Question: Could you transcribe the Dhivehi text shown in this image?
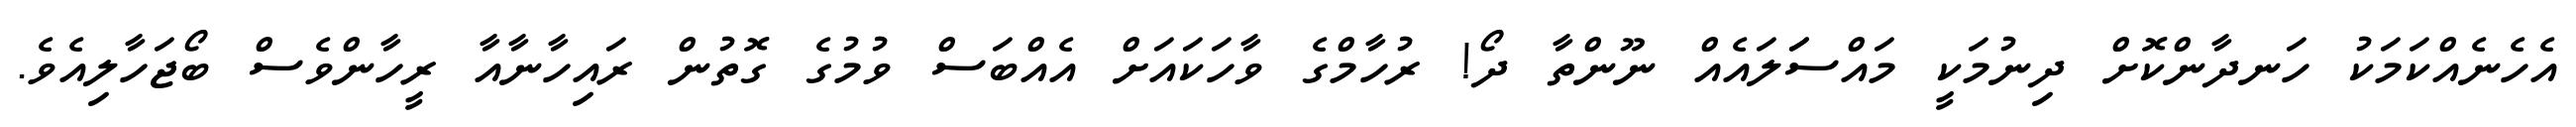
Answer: އެހެނެއްކަމަކު ހަނދާންކޮށް ދިނުމަކީ މައްސަަލައެއް ނޫންތާ ދޯ! ރުހާމްގެ ވާހަކައަށް އެއްބަސް ވުމުގެ ގޮތުން ރައިހާނާއާ ރީހާންވެސް ބޯޖަހާލިއެވެ.